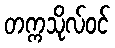
တက္ကသိုလ်ဝင်